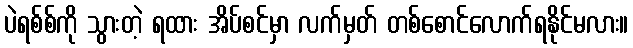
ပဲရစ်စ်ကို သွားတဲ့ ရထား အိပ်စင်မှာ လက်မှတ် တစ်စောင်လောက်ရနိုင်မလား။